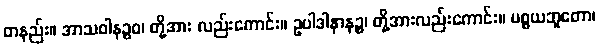
တနည်း။ အာသဝါနဉ္စဝ၊ တို့အား လည်းကောင်း။ ဥပါဒါနာနဉ္စ၊ တို့အားလည်းကောင်း။ ပစ္စယဘူတော၊